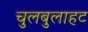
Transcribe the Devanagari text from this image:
चुलबुलाहट